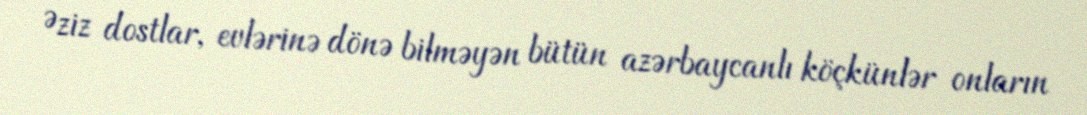
Əziz dostlar, evlərinə dönə bilməyən bütün azərbaycanlı köçkünlər onların